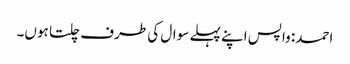
احمد: واپس اپنے پہلے سوال کی طرف چلتا ہوں۔